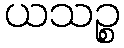
ယသဉ္စ